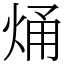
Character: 㷁